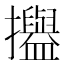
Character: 𢹳